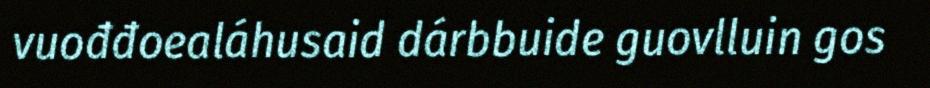
vuođđoealáhusaid dárbbuide guovlluin gos